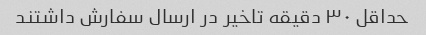
حداقل ۳۰ دقیقه تاخیر در ارسال سفارش داشتند